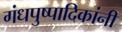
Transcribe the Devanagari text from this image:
गंधपुष्पादिकांनीं